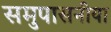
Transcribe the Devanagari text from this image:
समुपासनीया